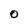
Character: O